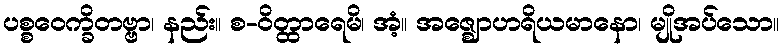
ပစ္စဝေက္ခိတဗ္ဗာ၊ နည်း။ စ-ဝိတ္ထာရေမိ၊ အံ့။ အဇ္ဈောဟရိယမာနော၊ မျိုအပ်သော။